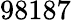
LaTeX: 98187